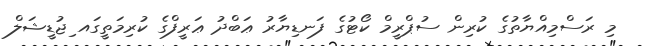
މި ރަސްމިއްޔާތުގެ ކުރިން ސުޕްރީމް ކޯޓުގެ ފަނޑިޔާރު ޢަބްދު ޢަރީފްގެ ކުރިމަތީގައ ިޖުޑީޝަލް